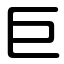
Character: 巨